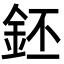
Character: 鉟